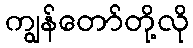
ကျွန်တော်တို့လို